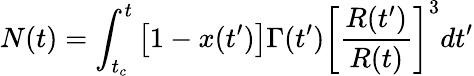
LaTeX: N(t)=\int_{t_{c}}^{t}\left[1-x(t^{\prime})\right]\Gamma(t^{\prime})\left[\frac{R(t^{\prime})}{R(t)}\right]^{3}dt^{\prime}